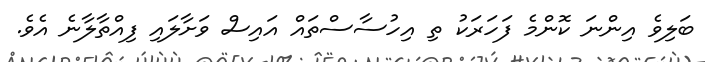
ބަލިވެ އިންނަ ކޮންމެ ފަހަރަކު ތި އިހުސާސްތައް އައިސް ވަށާލައި ފިއްތާލާނެ އެވެ.